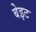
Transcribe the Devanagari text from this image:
बेइट